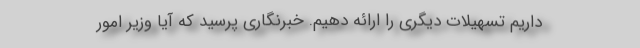
داریم تسهیلات دیگری را ارائه دهیم. خبرنگاری پرسید که آیا وزیر امور